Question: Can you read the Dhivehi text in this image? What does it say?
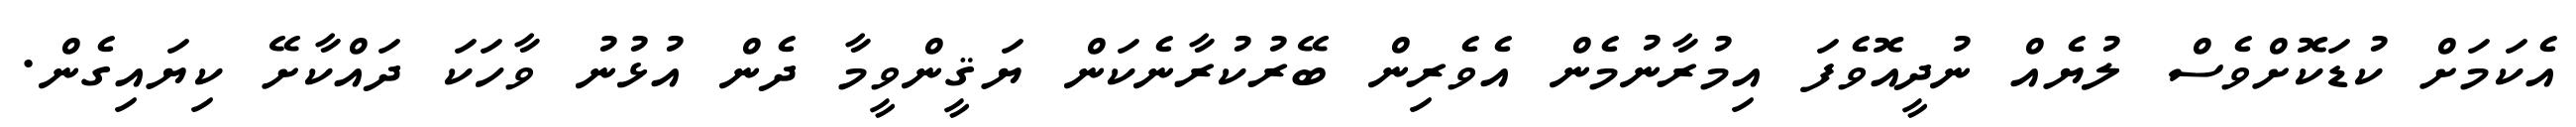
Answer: އެކަމަށް ކުޑަކޮށްވެސް ލުޔެއް ނުދީއޮވެފަ އިމުރާނުމެން އެވެރިން ބޭރުކުރާނެކަން ޔަޤީންވީމާ ދެން އުޅުނު ވާހަކަ ދައްކާށޭ ކިޔައިގެން.